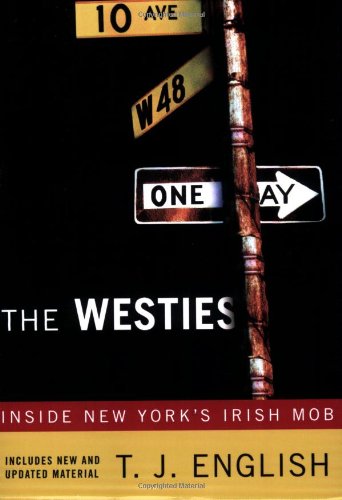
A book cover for The Westies: Inside New York's Irish Mob; T. J. English; Biographies & Memoirs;